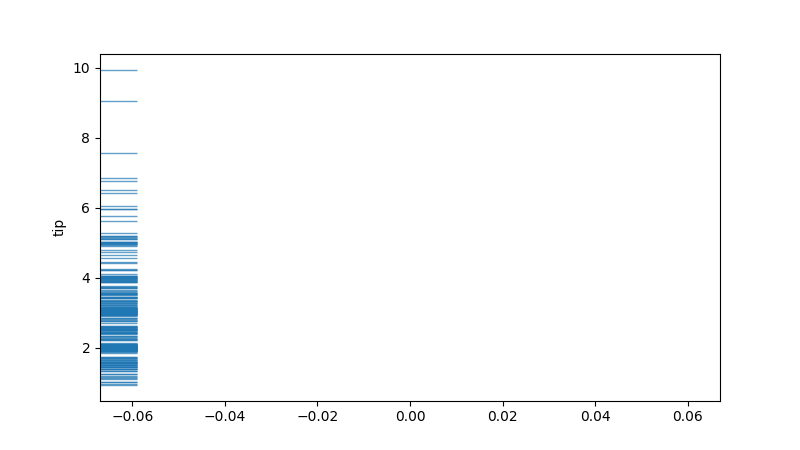
python, seaborn, rugplot, height=0.06, axis='y', alpha=0.7